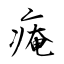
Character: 痷